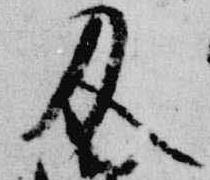
及